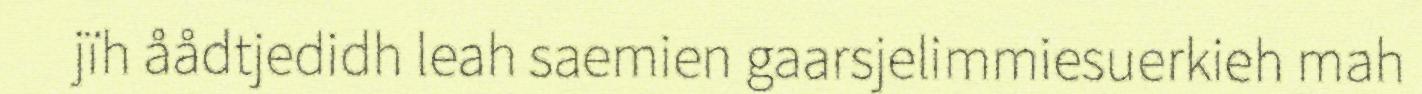
jïh åådtjedidh leah saemien gaarsjelimmiesuerkieh mah